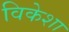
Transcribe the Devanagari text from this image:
विकेशा